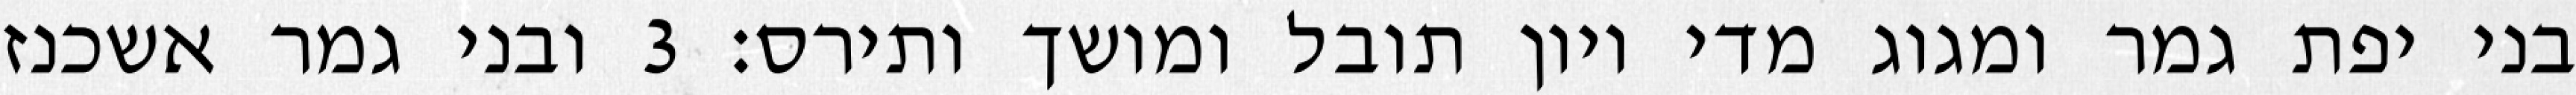
בני יפת גמר ומגוג מדי ויון תובל ומושך ותירס׃ ‎3‏ ובני גמר אשכנז